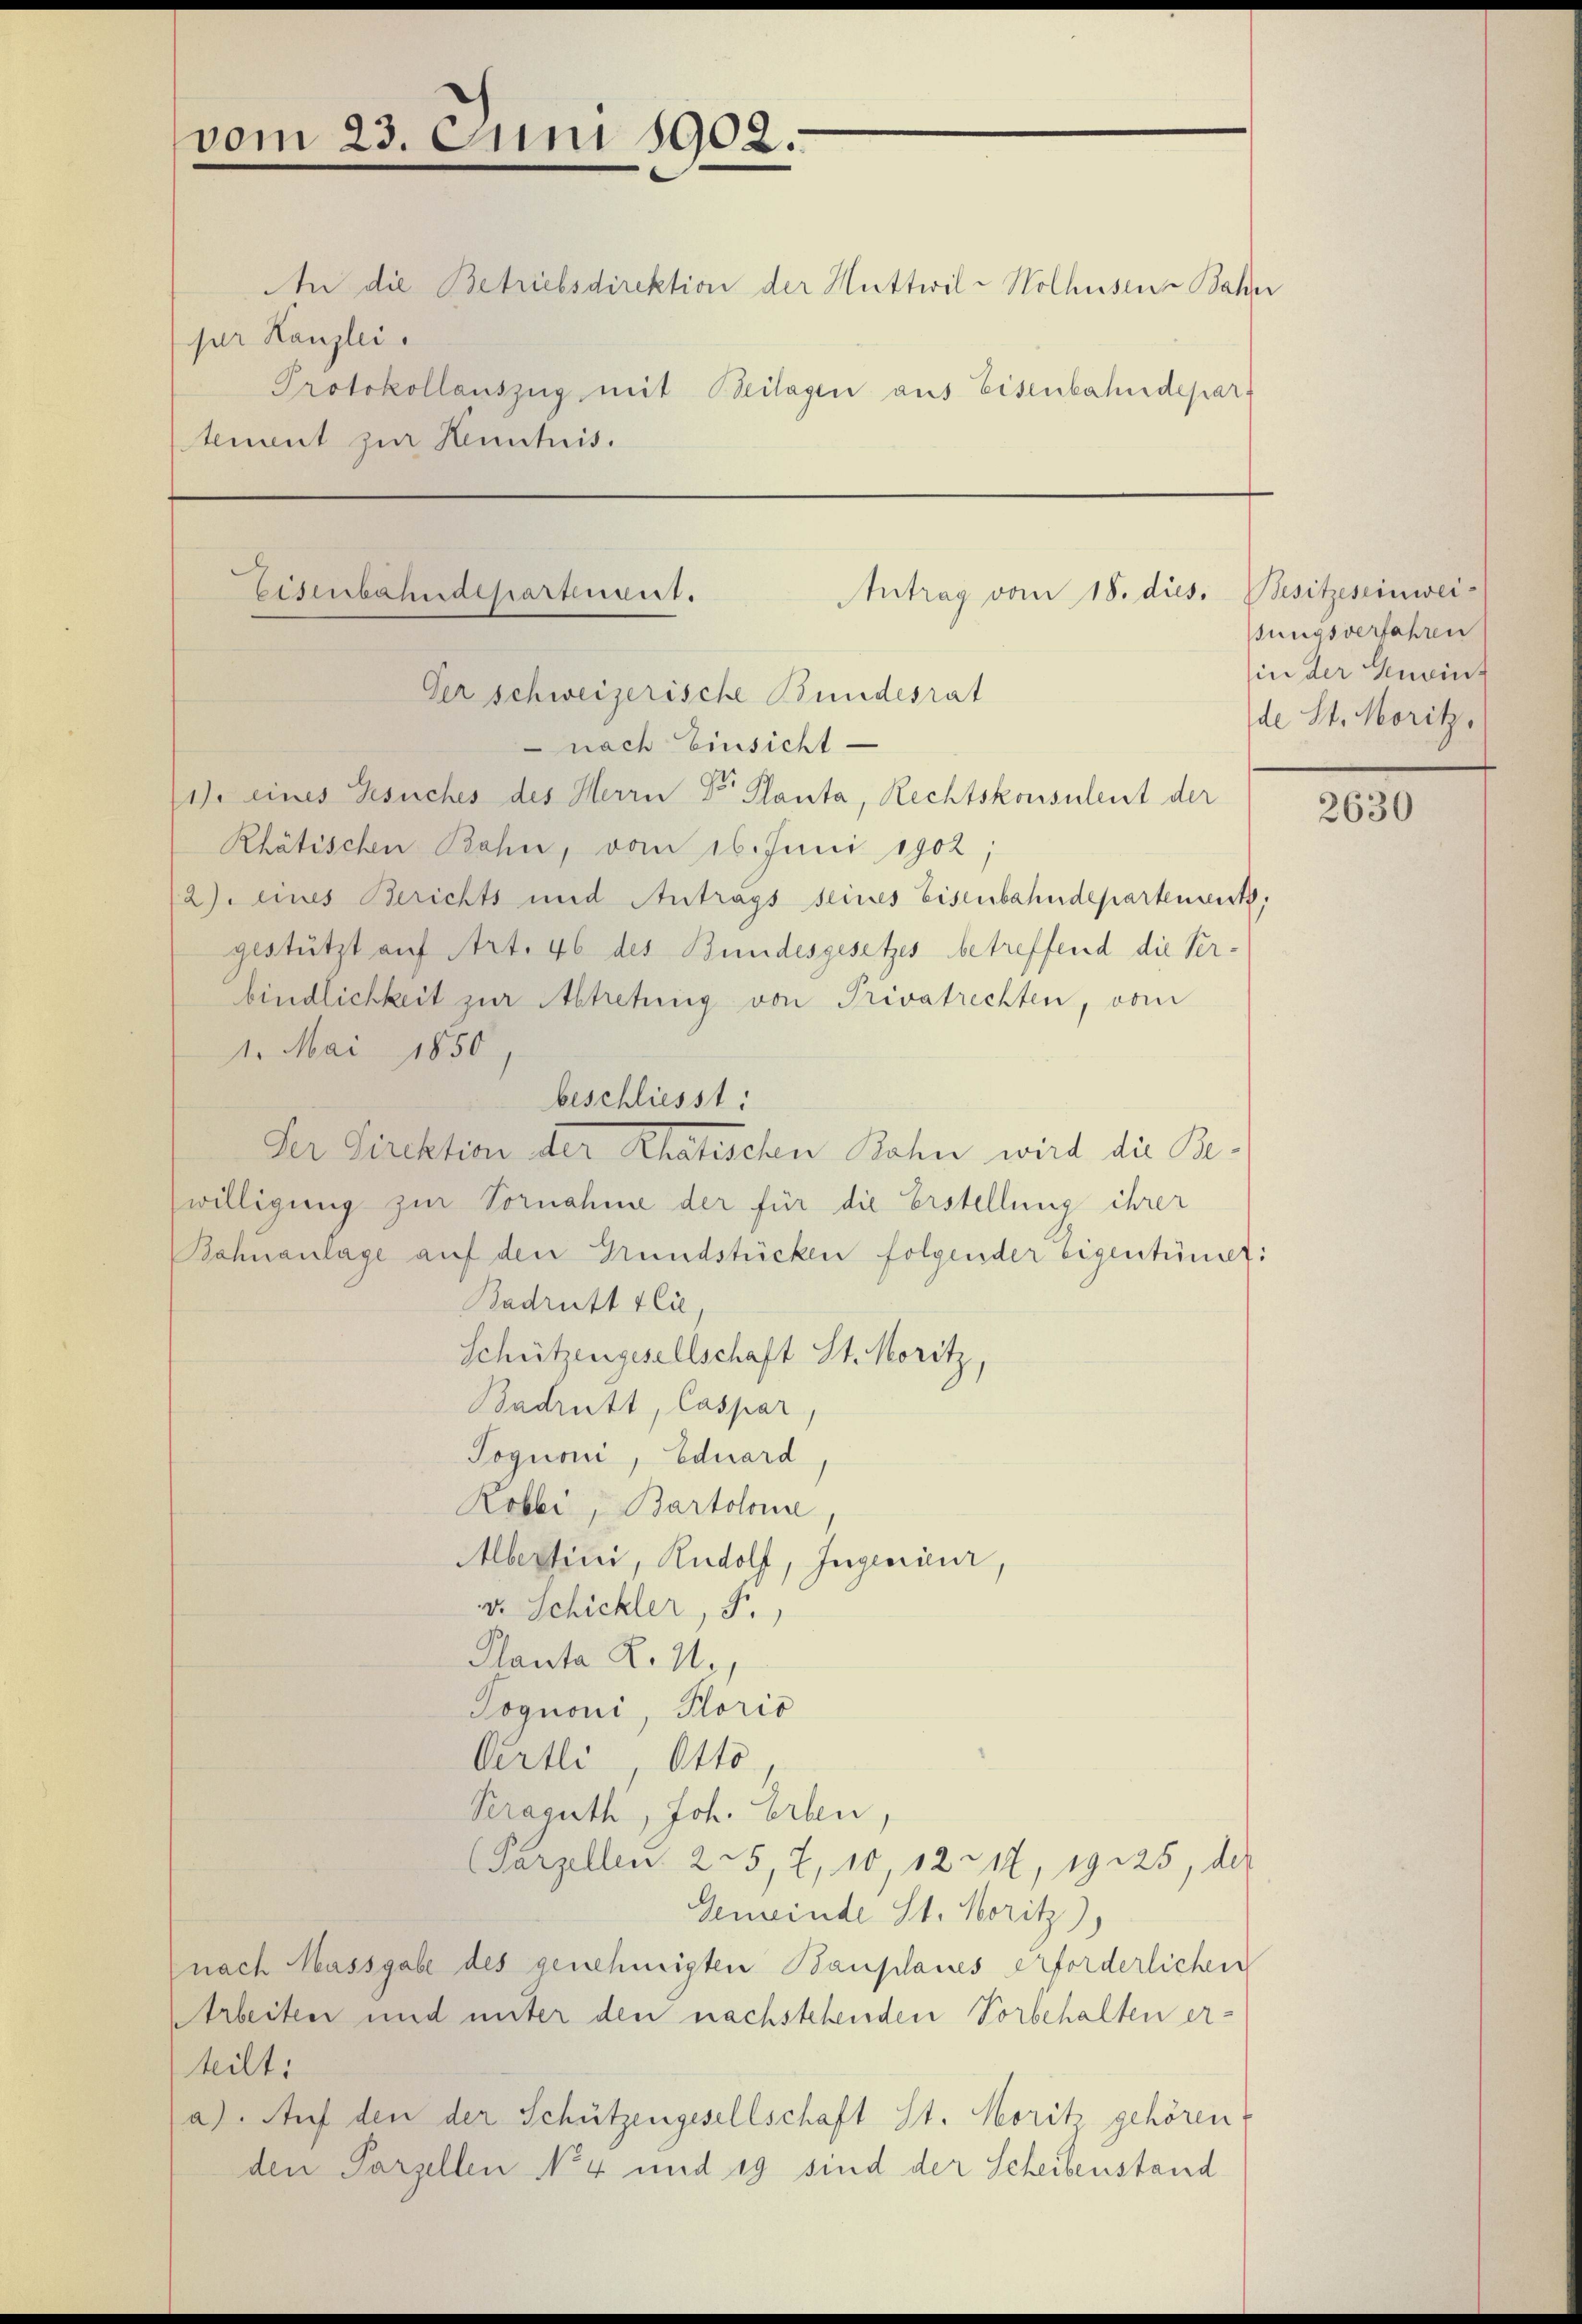
An die Betriebsdirektion der Huttwil-Wolhusen Bahn
pr Kanzlei.
Protokollauszug mit Beilagen aus Eisenbahndepart
tement zur Henntnis.

vom 23. Juni 1902.

nach Einsicht
1. eines Gesuches des Herrn Dr Planta, Rechtskonsulent der
Rhätischen Bohn, vom 16. Juni 1902;
2) eines Berichts und Antrags seines Eisenbahndepartement,
gestützt auf Art. 46 des Bundesgesetzes betreffend die Verbindlichkeit zur Abtretung von Privatrechten, vom
1. Mai 1850.
beschliesst:
Der Direktion der Khatischen Bahn wird die Be-
willigung zur Vornahme der für die Erstellung ihrer
Bahnanlage auf den Grundstücken folgender Eigentümet:
Badritt tli,
Schützengesellschaft St. Moritz,
Badritt, Caspar
Pognoni, Eduard
Robbi, Bartolonie,
Albertrini, Rudolf, Ingenieur,
v. Schickler, S.
Planta R. M.,
Tognoni, Ploris
Ortli Otto
Kraguth, Joh. Erben,
(Parzellen 225, 7, 10, 12217, 19225, der
Gemeinde St. Moritz),
nach Massgabe des genehmigten Bauplanes erforderlichen
Arbeiten und unter den nachstehenden Vorbehalten er-
teilt:
a). Auf den der Schützengesellschaft St. Moritz gehören,
den Parzellen No 4 und 19 sind der Scheibenstand

Antrag vom 18. dies. Besitzeseinwei-
Eisenbahndepartement.
Der schweizerische Bundesrat

sungsverfahren
in der Geneinf
de St. Moritz,

2630